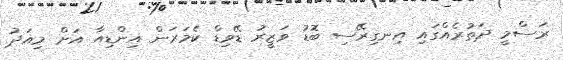
ރަސްމީ ދަތުރެއްގައި އިނގިރޭސި ބޮޑު ވަޒީރު ޑޭވިޑް ކެމަރަން އިންޑިއާ އަށް މިއަދު